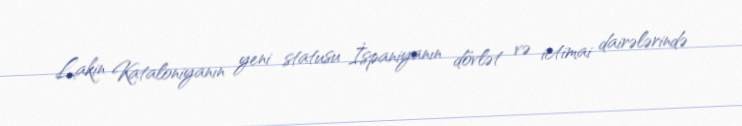
Lakin Kataloniyanın yeni statusu İspaniyanın dövlət və ictimai dairələrində